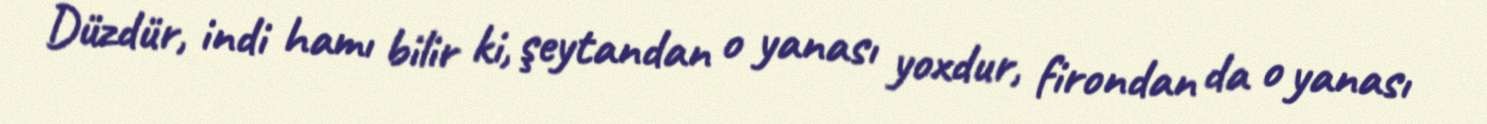
Düzdür, indi hamı bilir ki, şeytandan o yanası yoxdur, firondan da o yanası